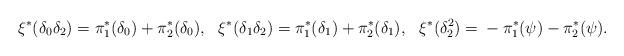
LaTeX: \begin{align*} \xi^{*}(\delta_{0}\delta_2) &= \pi_1^* (\delta_0) + \pi_2^*(\delta_{0}), & \xi^{*} (\delta_{1}\delta_2) &= \pi_1^*(\delta_1) + \pi_2^*(\delta_{1}), & \xi^{*} (\delta_2^2) &= {}- \pi_1^*(\psi) - \pi_2^*(\psi). \end{align*}